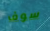
سوف